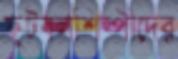
ফুটবলশিল্পীদের